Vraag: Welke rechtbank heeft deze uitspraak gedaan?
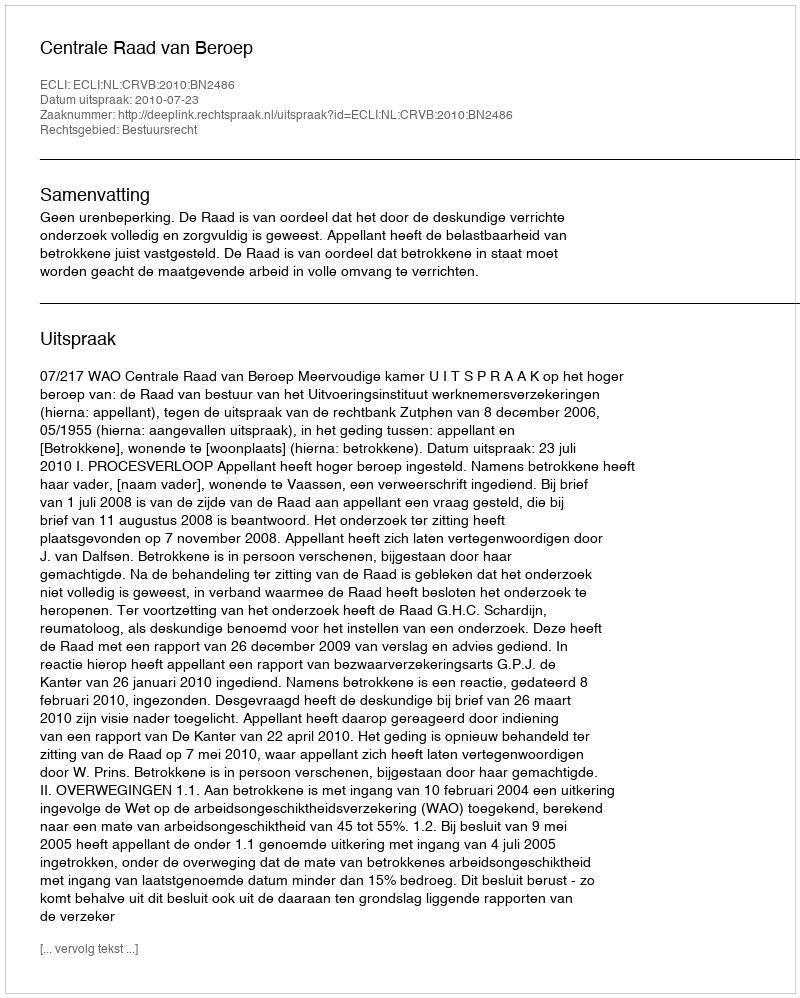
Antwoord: Centrale Raad van Beroep